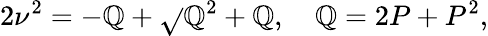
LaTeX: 2\nu^{2}=-\mathbb{Q}+\sqrt{}{{\mathbb{Q}^{2}+\mathbb{Q}}},\quad\mathbb{Q}=2P+P^{2},